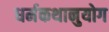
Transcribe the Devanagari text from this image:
धर्मकथानुयोग